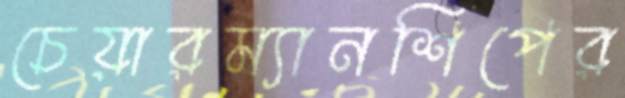
চেয়ারম্যানশিপের